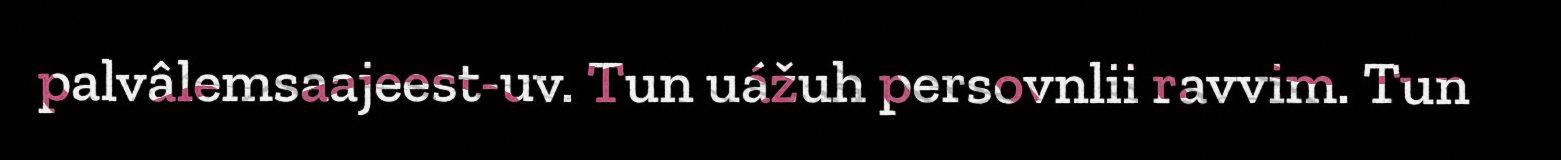
palvâlemsaajeest-uv. Tun uážuh persovnlii ravvim. Tun